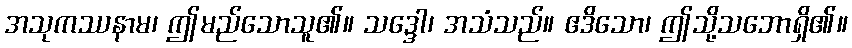
အသုကဿနာမ၊ ဤမည်သောသူ၏။ သဒ္ဒေါ၊ အသံသည်။ ဧဒိသော၊ ဤသို့သဘောရှိ၏။